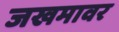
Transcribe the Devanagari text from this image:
जखमावर